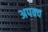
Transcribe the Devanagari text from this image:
अपक्‍व